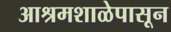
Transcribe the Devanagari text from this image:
आश्रमशाळेपासून